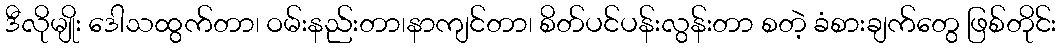
ဒီလိုမျိုး ဒေါသထွက်တာ၊ ဝမ်းနည်းတာ၊နာကျင်တာ၊ စိတ်ပင်ပန်းလွန်းတာ စတဲ့ ခံစားချက်တွေ ဖြစ်တိုင်း